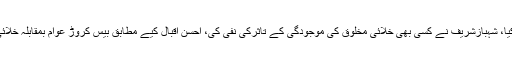
سابق وزیراعظم نوازشریف نے اپنے خلاف کارروائی کا الزام خلائی مخلوق پر عائد کیا، شہبازشریف نے کسی بھی خلائی مخلوق کی موجودگی کے تاثرکی نفی کی، احسن اقبال کیے مطابق بیس کروڑ عوام بمقابلہ خلائی مخلوق، مولانا فضل الرحمن کہتے ہیں کہ خلائی مخلوق کا لفظ ہی پہلی بار سنا ہے۔